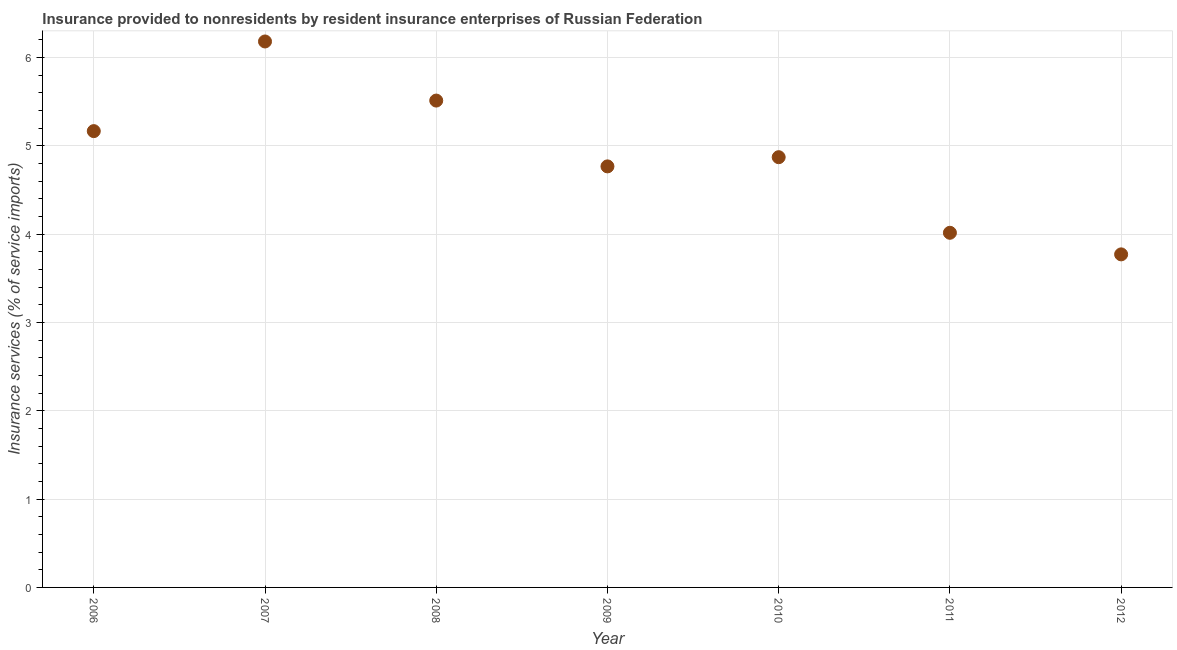
| Year | Insurance and financial services |
 | --- | --- |
 | 2006 | 5.17 |
 | 2007 | 6.18 |
 | 2008 | 5.51 |
 | 2009 | 4.77 |
 | 2010 | 4.87 |
 | 2011 | 4.02 |
 | 2012 | 3.77 |